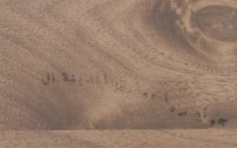
جولة سياحية في المدينة ال